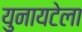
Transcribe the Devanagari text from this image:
युनायटेला